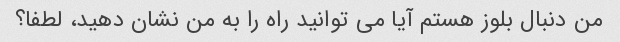
من دنبال بلوز هستم آیا می توانید راه را به من نشان دهید، لطفا؟